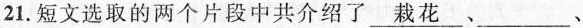
21.短文选取的两个片段中共介绍了\underline{栽花}、___、